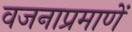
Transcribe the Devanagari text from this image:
वजनाप्रमाणें